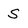
Character: S